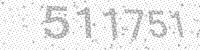
Solution: 511751